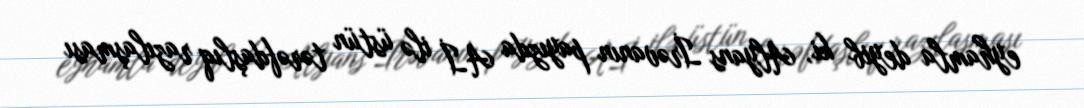
eyhamla deyib ki, Alyans İrəvanın payızda Aİ ilə üstün tərəfdaşlıq razılaşması